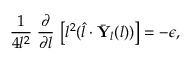
\frac { 1 } { 4 l ^ { 2 } } \; \frac { \partial } { \partial l } \, \left[ l ^ { 2 } ( \hat { l } \cdot \bar { \mathbf { Y } } _ { l } ( l ) ) \right] = - \epsilon ,